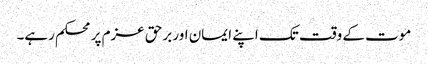
موت کے وقت تک اپنے ایمان اور برحق عزم پر محکم رہے۔